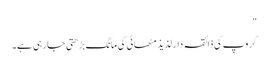
"
گروپ کی ذائقہ دار لذیذ مٹھائی کی مانگ بڑھتی جا رہی ہے۔